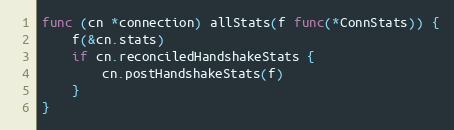
Language: Go
func (cn *connection) allStats(f func(*ConnStats)) {
	f(&cn.stats)
	if cn.reconciledHandshakeStats {
		cn.postHandshakeStats(f)
	}
}